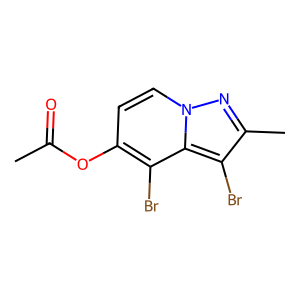
SMILES: CC(=O)Oc1ccn2nc(C)c(Br)c2c1Br
Inhibits HIV replication: No